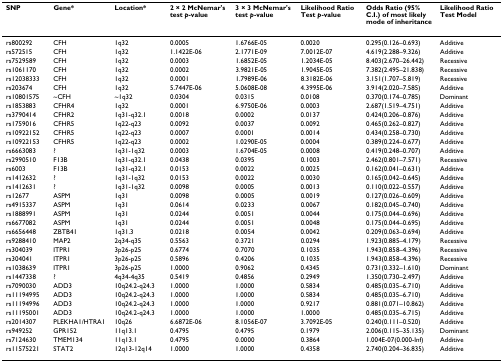
<table><thead><tr><td><b>SNP</b></td><td><b>Gene*</b></td><td><b>Location*</b></td><td><b>2 × 2 McNemar&#x27;s test <i>p</i>-value</b></td><td><b>3 × 3 McNemar&#x27;s test <i>p</i>-value</b></td><td><b>Likelihood Ratio Test <i>p</i>-value</b></td><td><b>Odds Ratio (95% C.I.) of most likely mode of inheritance</b></td><td><b>Likelihood Ratio Test Model</b></td></tr></thead><tbody><tr><td>rs800292</td><td>CFH</td><td>1q32</td><td>0.0005</td><td>1.6766E-05</td><td>0.0020</td><td>0.295(0.126–0.693)</td><td>Additive</td></tr><tr><td>rs572515</td><td>CFH</td><td>1q32</td><td>1.1422E-06</td><td>2.1771E-09</td><td>7.0012E-07</td><td>4.619(2.288–9.326)</td><td>Additive</td></tr><tr><td>rs7529589</td><td>CFH</td><td>1q32</td><td>0.0003</td><td>1.6852E-05</td><td>1.2034E-05</td><td>8.403(2.670–26.442)</td><td>Recessive</td></tr><tr><td>rs1061170</td><td>CFH</td><td>1q32</td><td>0.0002</td><td>3.9821E-05</td><td>1.9045E-05</td><td>7.382(2.495–21.838)</td><td>Recessive</td></tr><tr><td>rs12038333</td><td>CFH</td><td>1q32</td><td>0.0001</td><td>1.7989E-06</td><td>8.3182E-06</td><td>3.151(1.707–5.819)</td><td>Recessive</td></tr><tr><td>rs203674</td><td>CFH</td><td>1q32</td><td>5.7447E-06</td><td>5.0608E-08</td><td>4.3995E-06</td><td>3.914(2.020–7.585)</td><td>Additive</td></tr><tr><td>rs10801575</td><td>~CFH</td><td>~1q32</td><td>0.0304</td><td>0.0315</td><td>0.0108</td><td>0.370(0.174–0.785)</td><td>Dominant</td></tr><tr><td>rs1853883</td><td>CFHR4</td><td>1q32</td><td>0.0001</td><td>6.9750E-06</td><td>0.0003</td><td>2.687(1.519–4.751)</td><td>Additive</td></tr><tr><td>rs3790414</td><td>CFHR2</td><td>1q31-q32.1</td><td>0.0018</td><td>0.0002</td><td>0.0137</td><td>0.424(0.206–0.876)</td><td>Additive</td></tr><tr><td>rs1759016</td><td>CFHR5</td><td>1q22-q23</td><td>0.0092</td><td>0.0037</td><td>0.0092</td><td>0.465(0.262–0.827)</td><td>Additive</td></tr><tr><td>rs10922152</td><td>CFHR5</td><td>1q22-q23</td><td>0.0007</td><td>0.0001</td><td>0.0014</td><td>0.434(0.258–0.730)</td><td>Additive</td></tr><tr><td>rs10922153</td><td>CFHR5</td><td>1q22-q23</td><td>0.0002</td><td>1.0290E-05</td><td>0.0004</td><td>0.389(0.224–0.677)</td><td>Additive</td></tr><tr><td>rs6663083</td><td>?</td><td>1q31-1q32</td><td>0.0003</td><td>1.6704E-05</td><td>0.0008</td><td>0.419(0.248–0.707)</td><td>Additive</td></tr><tr><td>rs2990510</td><td>F13B</td><td>1q31-q32.1</td><td>0.0438</td><td>0.0395</td><td>0.1003</td><td>2.462(0.801–7.571)</td><td>Recessive</td></tr><tr><td>rs6003</td><td>F13B</td><td>1q31-q32.1</td><td>0.0153</td><td>0.0022</td><td>0.0025</td><td>0.162(0.041–0.631)</td><td>Additive</td></tr><tr><td>rs1412632</td><td>?</td><td>1q31-1q32</td><td>0.0153</td><td>0.0022</td><td>0.0030</td><td>0.165(0.042–0.645)</td><td>Additive</td></tr><tr><td>rs1412631</td><td>?</td><td>1q31-1q32</td><td>0.0098</td><td>0.0005</td><td>0.0013</td><td>0.110(0.022–0.557)</td><td>Additive</td></tr><tr><td>rs12677</td><td>ASPM</td><td>1q31</td><td>0.0098</td><td>0.0005</td><td>0.0019</td><td>0.127(0.026–0.609)</td><td>Additive</td></tr><tr><td>rs4915337</td><td>ASPM</td><td>1q31</td><td>0.0614</td><td>0.0233</td><td>0.0067</td><td>0.182(0.045–0.740)</td><td>Additive</td></tr><tr><td>rs1888991</td><td>ASPM</td><td>1q31</td><td>0.0244</td><td>0.0051</td><td>0.0044</td><td>0.175(0.044–0.696)</td><td>Additive</td></tr><tr><td>rs6677082</td><td>ASPM</td><td>1q31</td><td>0.0244</td><td>0.0051</td><td>0.0048</td><td>0.175(0.044–0.695)</td><td>Additive</td></tr><tr><td>rs6656448</td><td>ZBTB41</td><td>1q31.3</td><td>0.0218</td><td>0.0054</td><td>0.0042</td><td>0.209(0.063–0.694)</td><td>Additive</td></tr><tr><td>rs9288410</td><td>MAP2</td><td>2q34-q35</td><td>0.5563</td><td>0.3721</td><td>0.0294</td><td>1.923(0.885–4.179)</td><td>Recessive</td></tr><tr><td>rs304039</td><td>ITPR1</td><td>3p26-p25</td><td>0.6774</td><td>0.7070</td><td>0.1035</td><td>1.943(0.858–4.396)</td><td>Recessive</td></tr><tr><td>rs304041</td><td>ITPR1</td><td>3p26-p25</td><td>0.5896</td><td>0.4206</td><td>0.1035</td><td>1.943(0.858–4.396)</td><td>Recessive</td></tr><tr><td>rs1038639</td><td>ITPR1</td><td>3p26-p25</td><td>1.0000</td><td>0.9062</td><td>0.4345</td><td>0.731(0.332–1.610)</td><td>Dominant</td></tr><tr><td>rs1447338</td><td>?</td><td>4q34-4q35</td><td>0.5419</td><td>0.4856</td><td>0.2949</td><td>1.350(0.730–2.497)</td><td>Additive</td></tr><tr><td>rs7090030</td><td>ADD3</td><td>10q24.2-q24.3</td><td>1.0000</td><td>1.0000</td><td>0.5834</td><td>0.485(0.035–6.710)</td><td>Additive</td></tr><tr><td>rs11194995</td><td>ADD3</td><td>10q24.2-q24.3</td><td>1.0000</td><td>1.0000</td><td>0.5834</td><td>0.485(0.035–6.710)</td><td>Additive</td></tr><tr><td>rs11194996</td><td>ADD3</td><td>10q24.2-q24.3</td><td>1.0000</td><td>1.0000</td><td>0.9217</td><td>0.881(0.071–10.862)</td><td>Additive</td></tr><tr><td>rs11195001</td><td>ADD3</td><td>10q24.2-q24.3</td><td>1.0000</td><td>1.0000</td><td>1.0000</td><td>0.485(0.035–6.715)</td><td>Additive</td></tr><tr><td>rs2014307</td><td>PLEKHA1/HTRA1</td><td>10q26</td><td>6.6872E-06</td><td>8.1056E-07</td><td>3.7092E-05</td><td>0.240(0.111–0.520)</td><td>Additive</td></tr><tr><td>rs949252</td><td>GPR152</td><td>11q13.1</td><td>0.4795</td><td>0.4795</td><td>0.1979</td><td>2.006(0.115–35.135)</td><td>Dominant</td></tr><tr><td>rs7124630</td><td>TMEM134</td><td>11q13.1</td><td>0.4795</td><td>0.0000</td><td>0.3864</td><td>1.004E-07(0.000-Inf)</td><td>Additive</td></tr><tr><td>rs11575221</td><td>STAT2</td><td>12q13-12q14</td><td>1.0000</td><td>1.0000</td><td>0.4358</td><td>2.740(0.204–36.835)</td><td>Additive</td></tr></tbody></table>